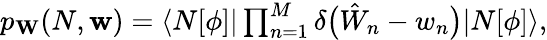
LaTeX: \begin{array}{r}{p_{\mathbf{W}}(N,\mathbf{w})=\langle N[\phi]|\prod_{n=1}^{M}\delta\bigl(\hat{W}_{n}-{w}_{n}\bigr)|N[\phi]\rangle,}\end{array}